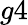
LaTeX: g4